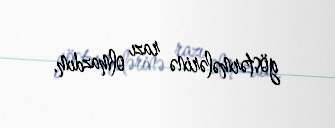
göstərmələrinə razı olmazdım.